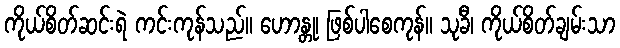
ကိုယ်စိတ်ဆင်းရဲ ကင်းကုန်သည်။ ဟောန္တု၊ ဖြစ်ပါစေကုန်။ သုခီ၊ ကိုယ်စိတ်ချမ်းသာ